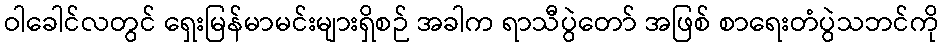
ဝါခေါင်လတွင် ရှေးမြန်မာမင်းများရှိစဉ် အခါက ရာသီပွဲတော် အဖြစ် စာရေးတံပွဲသဘင်ကို